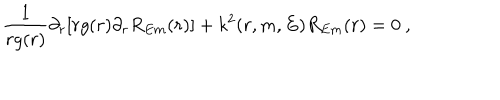
\frac { 1 } { r g ( r ) } \partial _ { r } [ r g ( r ) \partial _ { r } R _ { E m } ( r ) ] + k ^ { 2 } ( r , m , E ) R _ { E m } ( r ) = 0 ~ ,